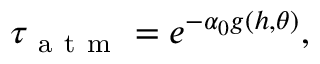
\tau _ { \mathrm { ~ a ~ t ~ m ~ } } = e ^ { - \alpha _ { 0 } g ( h , \theta ) } ,